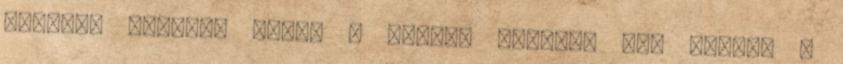
mentek, egészen addig a napig, amelyen Noé bement a